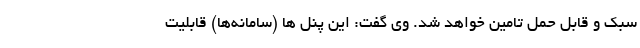
سبک و قابل حمل تامین خواهد شد. وی گفت: این پنل ها (سامانه‌ها) قابلیت